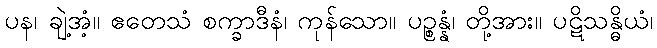
ပန၊ ချဲ့အံ့။ ဧတေသံ စက္ခာဒီနံ၊ ကုန်သော။ ပဉ္စန္နံ၊ တို့အား။ ပဋိသန္ဓိယံ၊